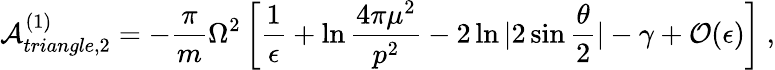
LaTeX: {\cal A}_{triangle,2}^{(1)}=-{\frac{\pi}{m}}\Omega^{2}\left[{\frac{1}{\epsilon}}+\ln{\frac{4\pi\mu^{2}}{p^{2}}}-2\ln|2\sin{\frac{\theta}{2}}|-\gamma+{\cal O}(\epsilon)\right]\ ,